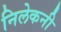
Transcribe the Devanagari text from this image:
निलेकनी